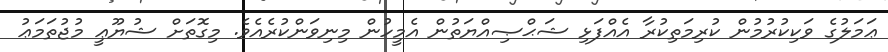
ޢަމަލުގެ ވަކިކުރުމުން ކުރިމަތިކުރާ އެއްފަޅި ޝަޙްޞިއްޔަތުން އެމީހުން މިނިވަންކުރެއެވެ. މިގޮތަށް ޝުޔޫޢީ މުޖުތަމަޢު